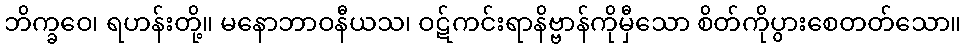
ဘိက္ခဝေ၊ ရဟန်းတို့။ မနောဘာဝနီယသ၊ ဝဋ်ကင်းရာနိဗ္ဗာန်ကိုမှီသော စိတ်ကိုပွားစေတတ်သော။